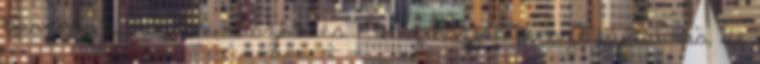
hasznos a mostani küszködés. Menet közben persze fájdalmas, de